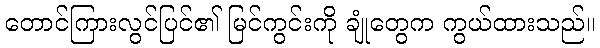
တောင်ကြားလွင်ပြင်၏ မြင်ကွင်းကို ချုံတွေက ကွယ်ထားသည်။